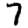
Digit: 7